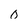
Character: 0